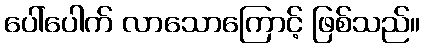
ပေါ်ပေါက် လာသောကြောင့် ဖြစ်သည်။